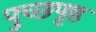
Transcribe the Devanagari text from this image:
पुच्छपृष्ठ